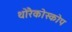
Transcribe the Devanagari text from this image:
थोरैकोस्कोप